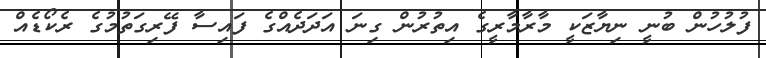
ފުލުހުން ބުނީ ނިޔާޒަކީ މާރާމާރީގެ އިތުރުން ގިނަ އަދަދެއްގެ ފައިސާ ފޭރިގަތުމުގެ ރެކޯޑެއް